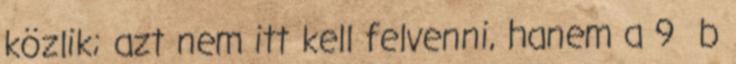
közlik; azt nem itt kell felvenni, hanem a 9 b